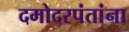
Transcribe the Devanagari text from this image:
दमोदरपंतांना